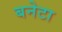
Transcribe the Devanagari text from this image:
बनेटा